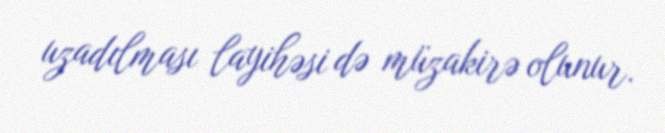
uzadılması layihəsi də müzakirə olunur.